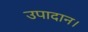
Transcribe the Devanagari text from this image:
उपादान।